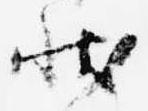
状